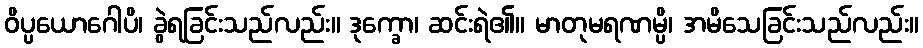
ဝိပ္ပယောဂေါပိ၊ ခွဲရခြင်းသည်လည်း။ ဒုက္ခော၊ ဆင်းရဲ၏။ မာတုမရဏမ္ပိ၊ အမိသေခြင်းသည်လည်း။